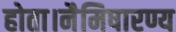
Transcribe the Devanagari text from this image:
होता।नैमिषारण्य